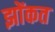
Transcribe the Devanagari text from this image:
झोंकत